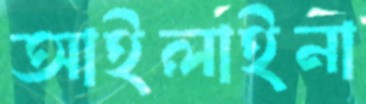
আইলাইনা